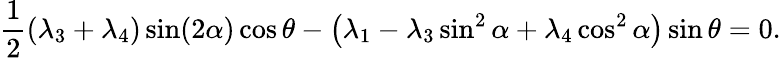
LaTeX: \frac{1}{2}\left(\lambda_{3}+\lambda_{4}\right)\sin(2\alpha)\cos{\theta}-\left(\lambda_{1}-\lambda_{3}\sin^{2}\alpha+\lambda_{4}\cos^{2}{\alpha}\right)\sin{\theta}=0.